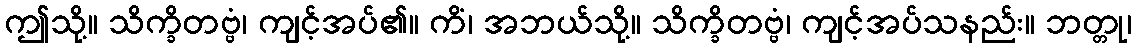
ဤသို့။ သိက္ခိတဗ္ဗံ၊ ကျင့်အပ်၏။ ကိံ၊ အဘယ်သို့။ သိက္ခိတဗ္ဗံ၊ ကျင့်အပ်သနည်း။ ဘတ္တု၊